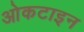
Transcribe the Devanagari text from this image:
ओकटाइन